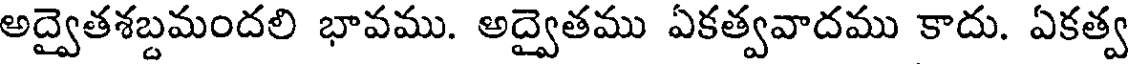
అద్వైతశబ్దమందలి భావము. అద్వైతము ఏకత్వవాదము కాదు. ఏకత్వ